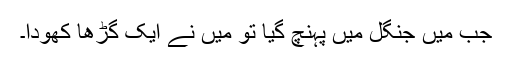
جب میں جنگل میں پہنچ گیا تو میں نے ایک گڑھا کھودا۔